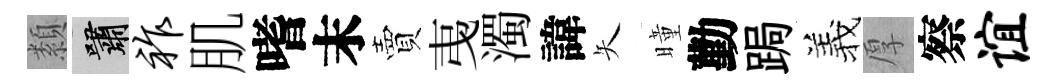
纇嘯祚肌嗜末賣𢎯濁諱矢曈勤跼羲厚察谊